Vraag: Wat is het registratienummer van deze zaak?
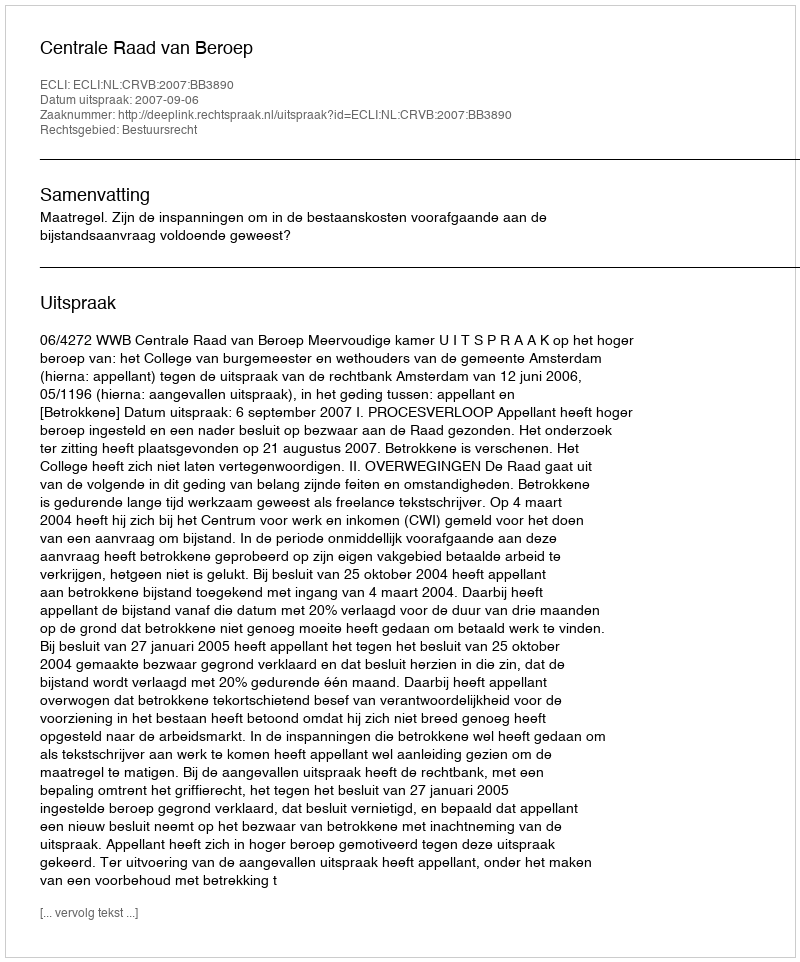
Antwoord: http://deeplink.rechtspraak.nl/uitspraak?id=ECLI:NL:CRVB:2007:BB3890